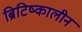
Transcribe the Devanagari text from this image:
ब्रिटिष्कालीन